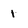
Character: 1